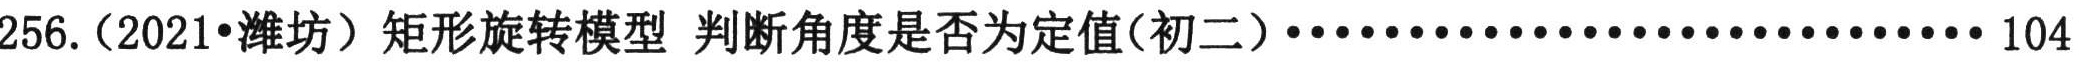
256.（2021•潍坊）矩形旋转模型 判断角度是否为定值(初二)·································· 104